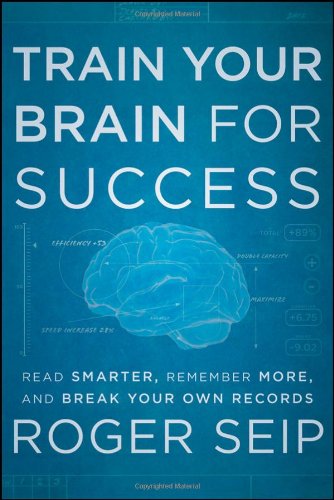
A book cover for Train Your Brain For Success: Read Smarter, Remember More, and Break Your Own Records; Roger Seip; Self-Help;